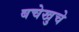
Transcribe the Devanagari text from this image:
बचेखुचे